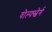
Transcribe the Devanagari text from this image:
वोल्फ्स्बेर्ग